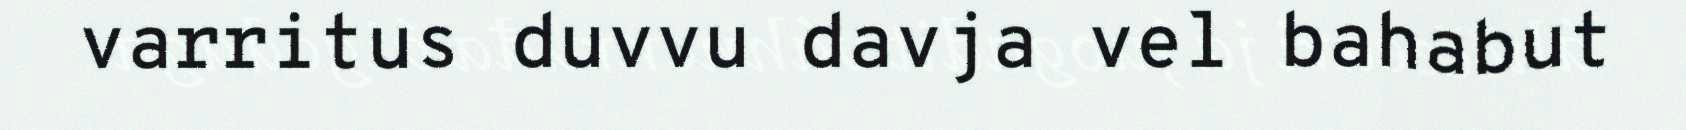
varritus duvvu davja vel bahabut